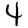
Digit: 4